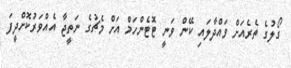
ގޯލުގެ ތެރެއަށް ވައްދާލައި ކޭން ވަނީ ޓޮޓެންހަމް އަށް މެޗުގެ ނަތީޖާ އެއްވަރުކޮށްދީފަ